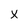
Character: X